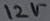
Text: 12V